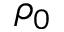
\rho _ { 0 }